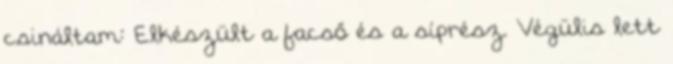
csináltam: Elkészült a facső és a síprész. Végülis lett